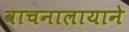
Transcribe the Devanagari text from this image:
वाचनालायाने